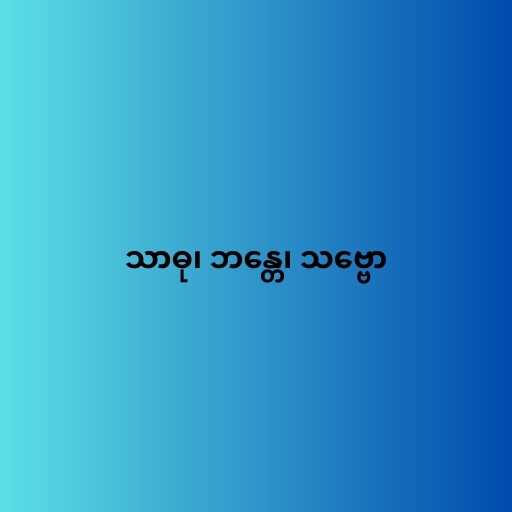
သာဓု၊ ဘန္တေ၊ သဗ္ဗော